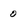
Character: o